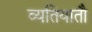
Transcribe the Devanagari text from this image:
व्यतियातौ